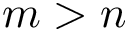
m > n